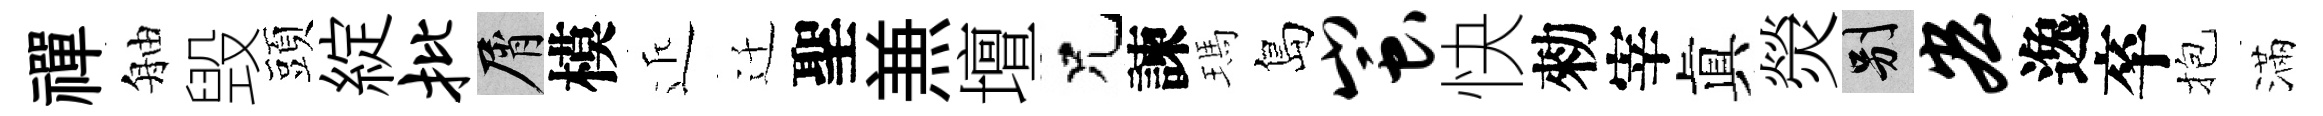
禪舳毁頭綻批屑模近迁聖𠔥壇兄諫瑪島蚩快勑宰眞熒别宏逸卒抱滿